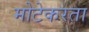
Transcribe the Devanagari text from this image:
मोटेकरता